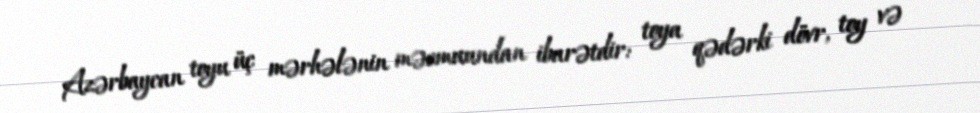
Azərbaycan toyu üç mərhələnin məcmuundan ibarətdir: toya qədərki dövr, toy və